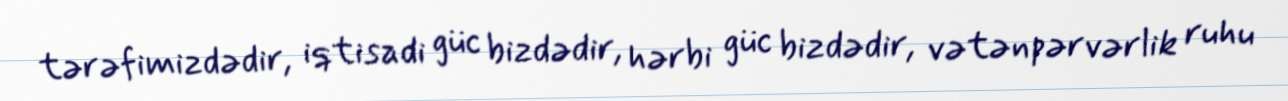
tərəfimizdədir, iqtisadi güc bizdədir, hərbi güc bizdədir, vətənpərvərlik ruhu